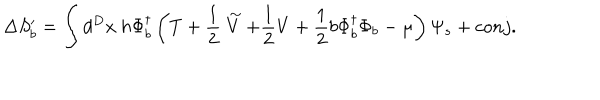
LaTeX: \Delta S _ { b } ^ { \prime } = \int d ^ { D } x ~ h \Phi _ { b } ^ { \dagger } \left( T + \frac { 1 } { 2 } \stackrel { \sim } { V } + \frac { 1 } { 2 } V + \frac { 1 } { 2 } b \Phi _ { b } ^ { \dagger } \Phi _ { b } - \mu \right) \Psi _ { s } + c o n j .